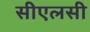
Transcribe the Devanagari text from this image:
सीएलसी